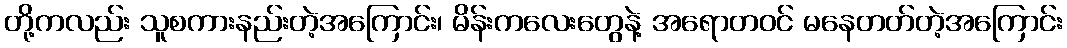
တို့ကလည်း သူစကားနည်းတဲ့အကြောင်း၊ မိန်းကလေးတွေနဲ့ အရောတဝင် မနေတတ်တဲ့အကြောင်း